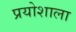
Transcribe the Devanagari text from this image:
प्रयोशाला